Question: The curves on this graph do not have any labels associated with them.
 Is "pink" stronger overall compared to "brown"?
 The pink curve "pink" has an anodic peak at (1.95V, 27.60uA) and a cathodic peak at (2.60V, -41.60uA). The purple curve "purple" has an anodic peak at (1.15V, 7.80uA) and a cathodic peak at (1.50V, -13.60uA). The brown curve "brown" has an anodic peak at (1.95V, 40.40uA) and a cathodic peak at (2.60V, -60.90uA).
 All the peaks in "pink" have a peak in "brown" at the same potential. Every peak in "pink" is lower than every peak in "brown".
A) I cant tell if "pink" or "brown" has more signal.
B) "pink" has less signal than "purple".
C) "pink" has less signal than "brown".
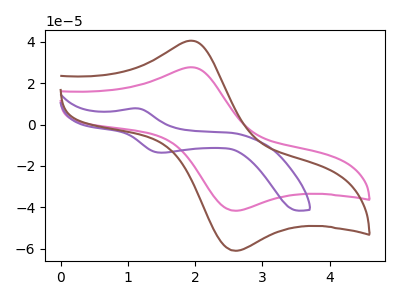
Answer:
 <answer>C) "pink" has less signal than "brown".</answer>
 <eval>C</eval>